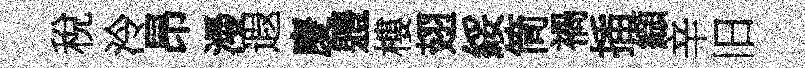
稅泠昂漫遐慶軆樓翅綏筒禍插纈辛旧